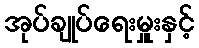
အုပ်ချုပ်ရေးမှူးနှင့်